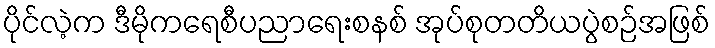
ပိုင်လဲ့က ဒီမိုကရေစီပညာရေးစနစ် အုပ်စုတတိယပွဲစဉ်အဖြစ်